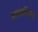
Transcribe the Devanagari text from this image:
समक्रमिकता